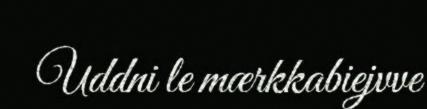
Uddni le mærkkabiejvve